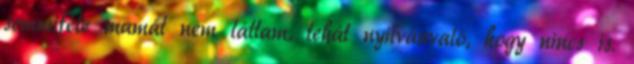
semmiféle mamát nem láttam, tehát nyilvánvaló, hogy nincs is.